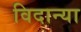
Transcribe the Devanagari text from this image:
विदान्या